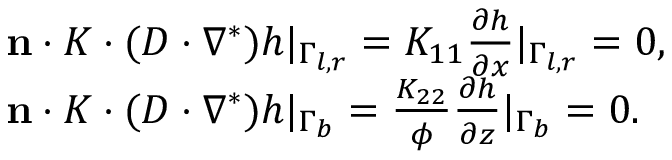
\begin{array} { r } { \begin{array} { l } { \mathbf { n } \cdot K \cdot ( D \cdot \nabla ^ { * } ) h | _ { \Gamma _ { l , r } } = K _ { 1 1 } \frac { \partial h } { \partial x } | _ { \Gamma _ { l , r } } = 0 , } \\ { \mathbf { n } \cdot K \cdot ( D \cdot \nabla ^ { * } ) h | _ { \Gamma _ { b } } = \frac { K _ { 2 2 } } { \phi } \frac { \partial h } { \partial z } | _ { \Gamma _ { b } } = 0 . } \end{array} } \end{array}